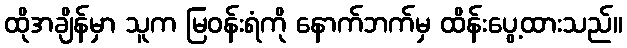
ထိုအချိန်မှာ သူက မြဝန်းရံကို နောက်ဘက်မှ ထိန်းပွေ့ထားသည်။